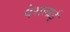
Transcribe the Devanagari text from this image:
पेरालाई